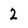
Character: 2